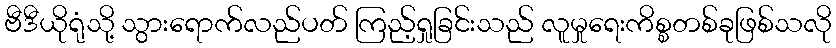
ဗီဒီယိုရုံသို့ သွားရောက်လည်ပတ် ကြည့်ရှုခြင်းသည် လူမှုရေးကိစ္စတစ်ခုဖြစ်သလို